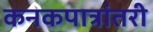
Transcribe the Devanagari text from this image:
कनकपात्रांतरी